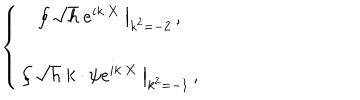
LaTeX: \left\{ \begin{array} { c } { { \left. \oint \sqrt { h } \ e ^ { i k \cdot X } \ \right| _ { k ^ { 2 } = - 2 } \, , } } \\ { { \left. \oint \sqrt { h } \ k \cdot \psi e ^ { i k \cdot X } \ \right| _ { k ^ { 2 } = - 1 } \, , } } \\ \end{array} \right.